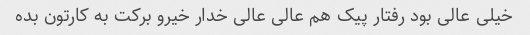
خیلى عالى بود رفتار پیک هم عالى عالى خدار خیرو برکت به کارتون بده